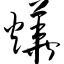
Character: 烨